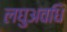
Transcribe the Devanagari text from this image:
लघुअवधि